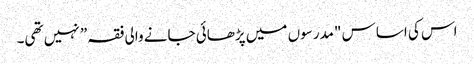
اس کی اساس "مدرسوں میں پڑھائی جانے والی فقہ” نہیں تھی۔